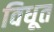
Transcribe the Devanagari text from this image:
विधूत